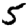
Digit: 5